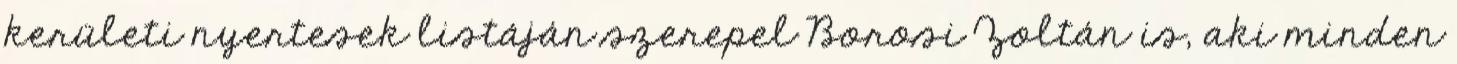
kerületi nyertesek listáján szerepel Borosi Zoltán is, aki minden